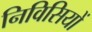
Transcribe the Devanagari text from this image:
निविसियों